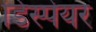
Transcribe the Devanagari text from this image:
डिस्पेयर